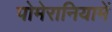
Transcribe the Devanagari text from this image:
पोमेरानियामें